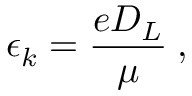
\epsilon _ { k } = \frac { e D _ { L } } { \mu } \: ,